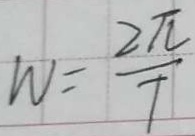
W = \frac { 2 \pi } { 7 }